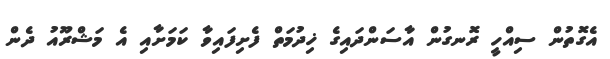
އެގޮތުން ސިއްހީ ރޮނގުން އާސަންދައިގެ ޚިދުމަތް ފެށިފައިވާ ކަމަށާއި އެ މަޝްރޫއު ދެން